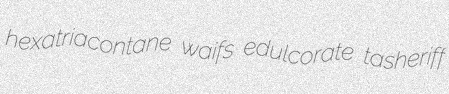
hexatriacontane waifs edulcorate tasheriff